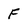
Character: F